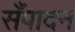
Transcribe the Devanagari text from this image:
सँपादन